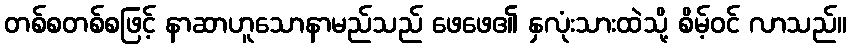
တစ်စတစ်စဖြင့် နာဆာဟူသောနာမည်သည် ဖေဖေ၏ နှလုံးသားထဲသို့ စိမ့်ဝင် လာသည်။